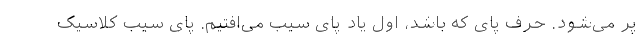
پر می‌شود. حرف پای که باشد، اول یاد پای سیب می‌افتیم. پای سیب کلاسیک